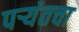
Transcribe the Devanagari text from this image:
पर्‍यंतचा